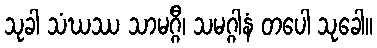
သုခါ သံဃဿ သာမဂ္ဂီ၊ သမဂ္ဂါနံ တပေါ သုခေါ။